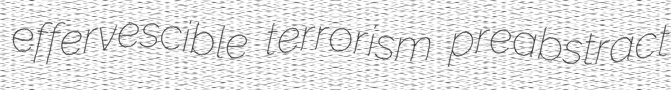
effervescible terrorism preabstract